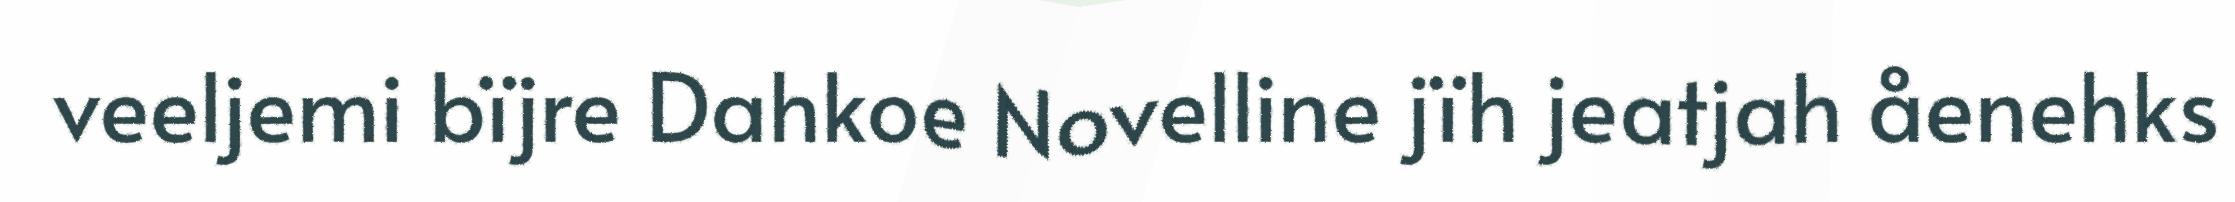
veeljemi bïjre Dahkoe Novelline jïh jeatjah åenehks